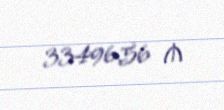
33496,56 ₼